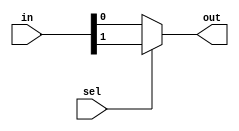
//behavioural
module mux2to1b(input [1:0] in, input sel, output out);
  assign out = sel ? in[1] : in[0];
endmodule


//structural
module mux2to1s(input [1:0] in, input sel, output out);
  
  wire nsel;
  wire [1:0] iw;
  not nO(nsel, sel);
  
  and ao(iw[0], in[0], nsel);
  and al(iw[1], in[1], sel);
  
  or o0(out, iw[0], iw[1]);
  
endmodule